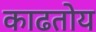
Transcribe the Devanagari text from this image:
काढतोय